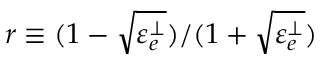
r \equiv ( 1 - \sqrt { \varepsilon _ { e } ^ { \perp } } ) / ( 1 + \sqrt { \varepsilon _ { e } ^ { \perp } } )